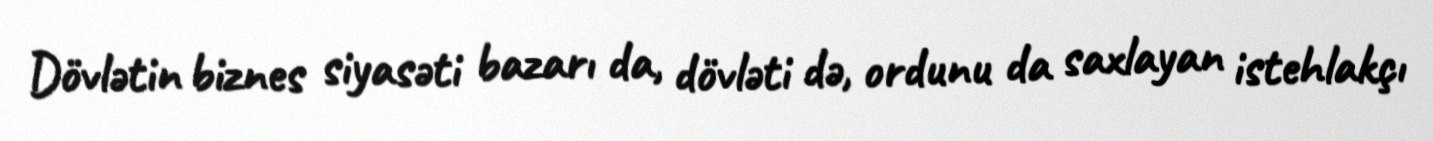
Dövlətin biznes siyasəti bazarı da, dövləti də, ordunu da saxlayan istehlakçı